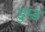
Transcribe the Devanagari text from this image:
डुम्ड